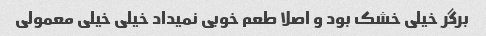
برگر خیلی خشک بود و اصلا طعم خوبی نمیداد خیلی خیلی معمولی